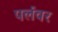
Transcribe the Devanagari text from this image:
पर्लवर